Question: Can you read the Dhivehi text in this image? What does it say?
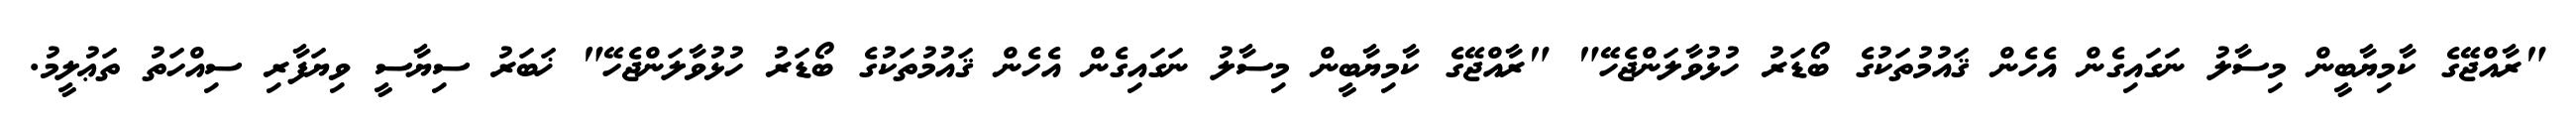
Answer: "ރާއްޖޭގެ ކާމިޔާބީން މިސާލު ނަގައިގެން އެހެން ޤައުމުތަކުގެ ބޯޑަރު ހުޅުވާލަންޖެހޭ" "ރާއްޖޭގެ ކާމިޔާބީން މިސާލު ނަގައިގެން އެހެން ޤައުމުތަކުގެ ބޯޑަރު ހުޅުވާލަންޖެހޭ" ޚަބަރު ސިޔާސީ ވިޔަފާރި ސިއްހަތު ތަޢުލީމު.